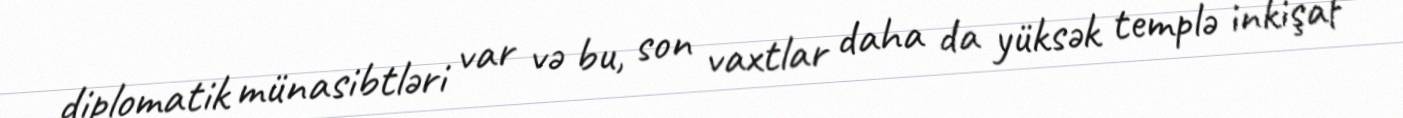
diplomatik münasibtləri var və bu, son vaxtlar daha da yüksək templə inkişaf